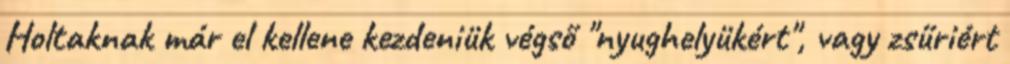
Holtaknak már el kellene kezdeniük végső "nyughelyükért", vagy zsűriért